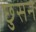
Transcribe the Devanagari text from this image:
छुसन